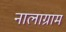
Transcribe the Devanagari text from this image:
नालाग्राम